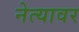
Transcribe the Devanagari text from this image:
नेत्यावर